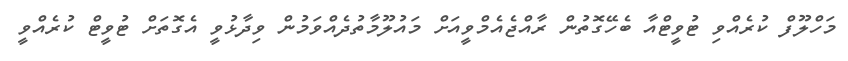
މަހްލޫފް ކުރެއްވި ޓުވީޓްއާ ބެހޭގޮތުން ރާއްޖެއެމްވީއަށް މައުލޫމާތުދެއްވަމުން ވިދާޅުވީ އެގޮތަށް ޓުވީޓް ކުރެއްވީ